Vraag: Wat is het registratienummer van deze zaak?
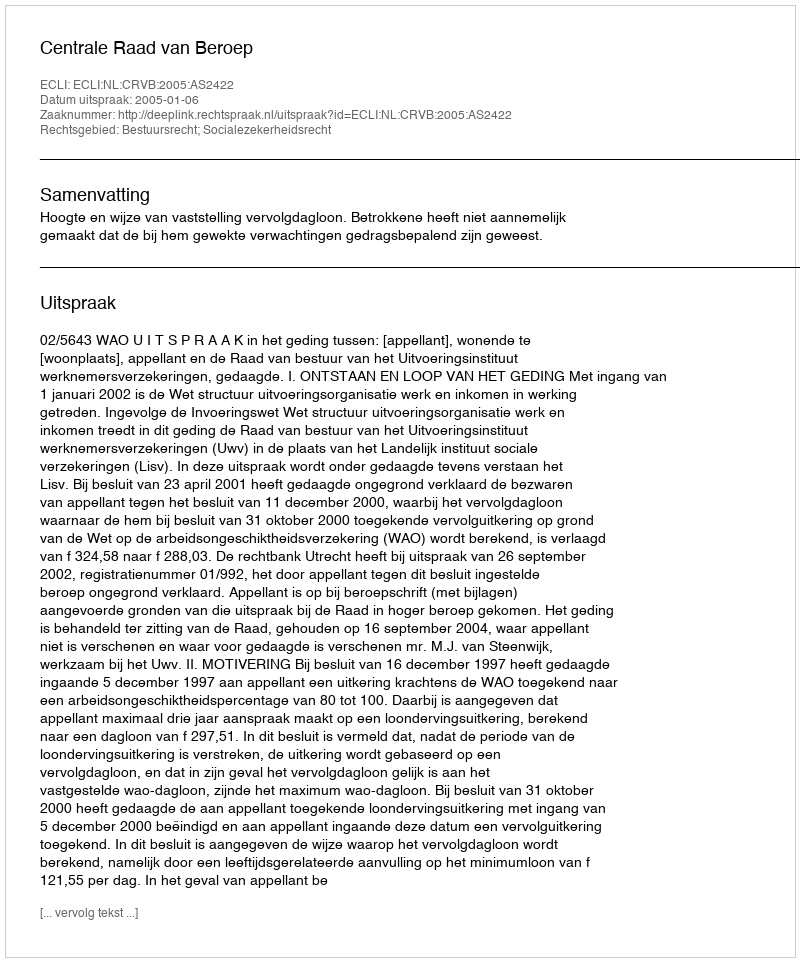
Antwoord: http://deeplink.rechtspraak.nl/uitspraak?id=ECLI:NL:CRVB:2005:AS2422